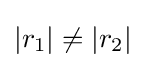
|r_{1}|\neq |r_{2}|